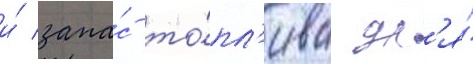
и́ запа́с то́пл'ива дл'я́